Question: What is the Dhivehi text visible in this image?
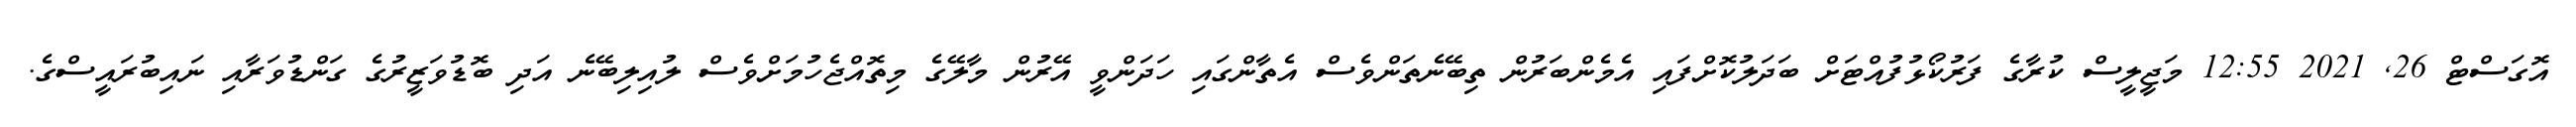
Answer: އޮގަސްޓް 26, 2021 12:55 މަޖީލީސް ކުރާގެ ފަރުކޯޅުފުއްޓަށް ބަދަލުކޮށްފައި އެމެންބަރުން ތިބޭނެތަންވެސް އެތާންގައި ހަދަންވީ އޭރުން މާލޭގެ މިތޮއްޖެހުމަށްވެސް ލުއިލިބޭނެ އަދި ބޮޑުވަޒީރުގެ ގަންޑުވަރާއި ނައިބުރައީސްގެ.